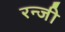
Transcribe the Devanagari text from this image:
रन्जी